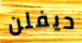
ديفلن